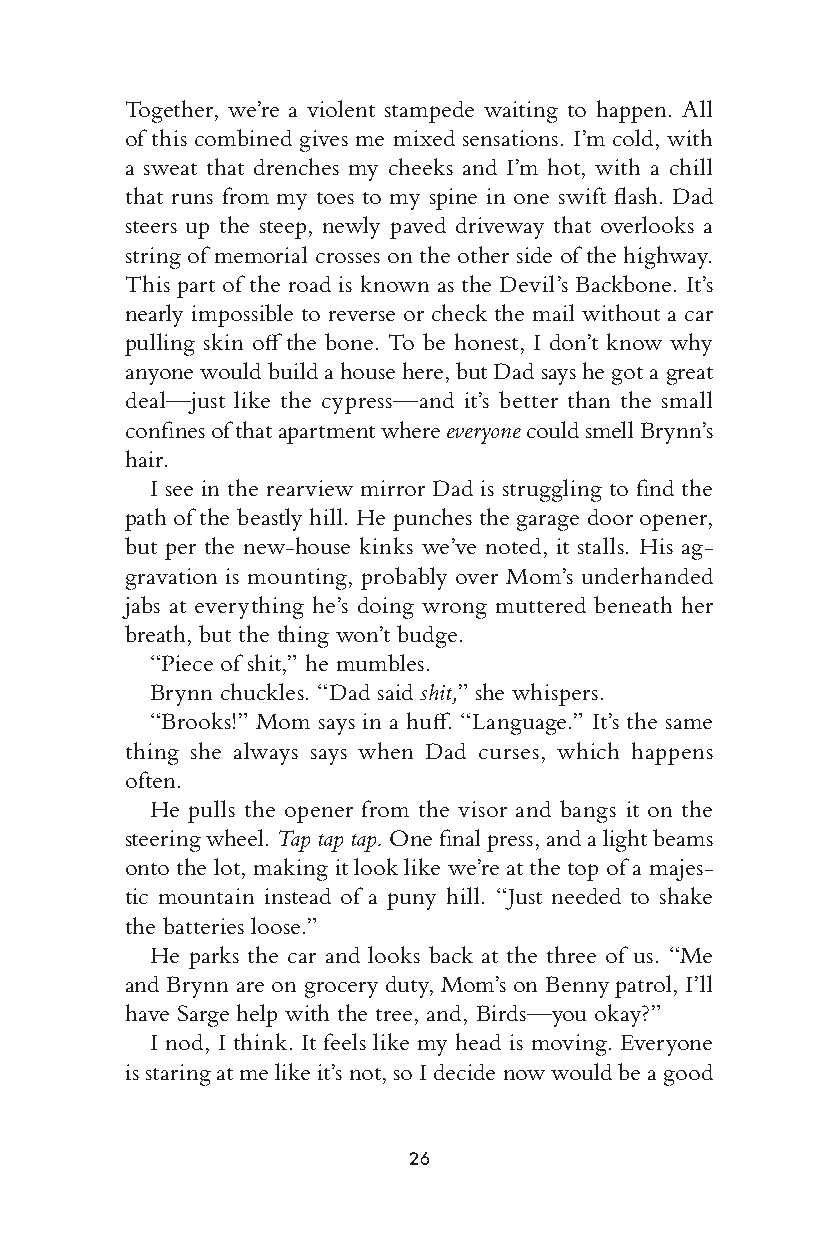
Together, w e’re a violent stampede waiting to happen. All
 of this combined gives me mixed sensations. I’m cold, with
 a sweat that drenches my cheeks and I’m hot, with a chill
 that runs from my toes to my spine in one swift fl ash. Dad
 steers up the steep, newly paved driveway that overlooks a
 string of memorial crosses on the other side of the highway.
 This part of the road is known as the Devi l’s Backbone. It’s
 nearly impossible to reverse or check the mail without a car
 pulling skin off the bone. To be honest, I don’t know why
 anyone would build a h ouse here, but Dad says he got a g reat
 deal—j ust like the cypress—a nd it’s better than the small
 confi nes of that apartment where every one could smell Brynn’s
 hair.
 I see in the rearview mirror Dad is struggling to fi nd the
 path of the beastly hill. He punches the garage door opener,
 but per the new-h ouse kinks we’ve noted, it stalls. His ag-
 gravation is mounting, proba bly over Mom’s underhanded
 jabs at every thing he’s doing wrong muttered beneath her
 breath, but the t hing won’t budge.
 “Piece of shit,” he m umbles.
 Brynn chuckles. “Dad said shit,” she whispers.
 “Brooks!” Mom says in a huff . “Language.” It’s the same
 thing she always says when Dad curses, which happens
 often.
 He pulls the opener from the visor and bangs it on the
 steering wheel. Tap tap tap. One fi nal press, and a light beams
 onto the lot, making it look like we’re at the top of a majes-
 tic mountain instead of a puny hill. “Just needed to shake
 the batteries loose.”
 He parks the car and looks back at the three of us. “Me
 and Brynn are on grocery duty, Mom’s on Benny patrol, I’ll
 have Sarge help with the tree, and, Birds—y ou okay?”
 I nod, I think. It feels like my head is moving. Everyo ne
 -1—          is staring at me like it’s not, so I decide now would be a good
 0—
 +1—
 26
 005533--6666667755__cchh0011__11PP..iinndddd 2266 1111//2244//1166 66::5566 PPMM